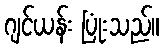
ဂျင်ယန်း ပြုံးသည်။